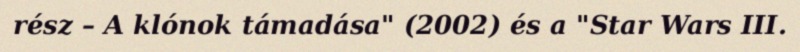
rész – A klónok támadása" (2002) és a "Star Wars III.